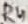
Text: R4